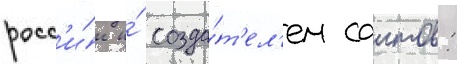
росс'и́и и́ созда́т'ел'ем саитов: